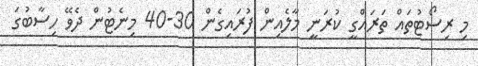
މި ރިސޯޓުތައް ތަރައްގީ ކުރަނީ މާލެއިން ފުރައިގެން 30-40 މިނެޓުން ދެވޭ ހިސާބުގަ